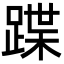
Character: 蹀